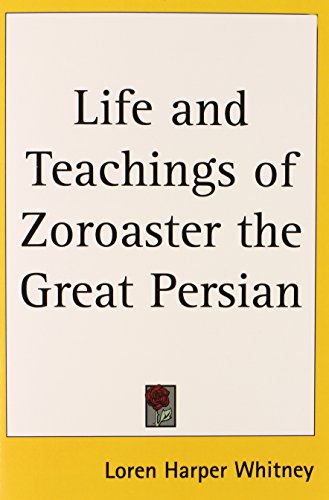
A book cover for Life and Teachings of Zoroaster the Great Persian; Loren Harper Whitney; Religion & Spirituality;